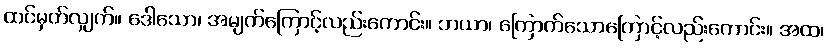
ထင်မှတ်လျှက်။ ဒေါသော၊ အမျက်ကြောင့်လည်းကောင်း။ ဘယာ၊ ကြောက်သောကြောင့်လည်းကောင်း။ အထ၊